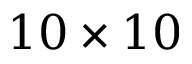
1 0 \times 1 0